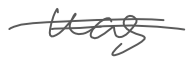
Text: was
Cross-out: double-line
Writing tool: digital_gray